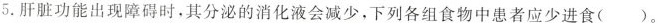
5.肝脏功能出现障碍时，其分泌的消化液会减少，下列各组食物中患者应少进食( )。